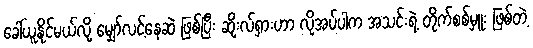
ခေါ်ယူနိုင်မယ်လို့ မျှော်လင့်နေဆဲ ဖြစ်ပြီး ဆိုးလ်ရှားဟာ လိုအပ်ပါက အသင်းရဲ့ တိုက်စစ်မှူး ဖြစ်တဲ့